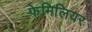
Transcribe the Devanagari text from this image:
फेमिलियर